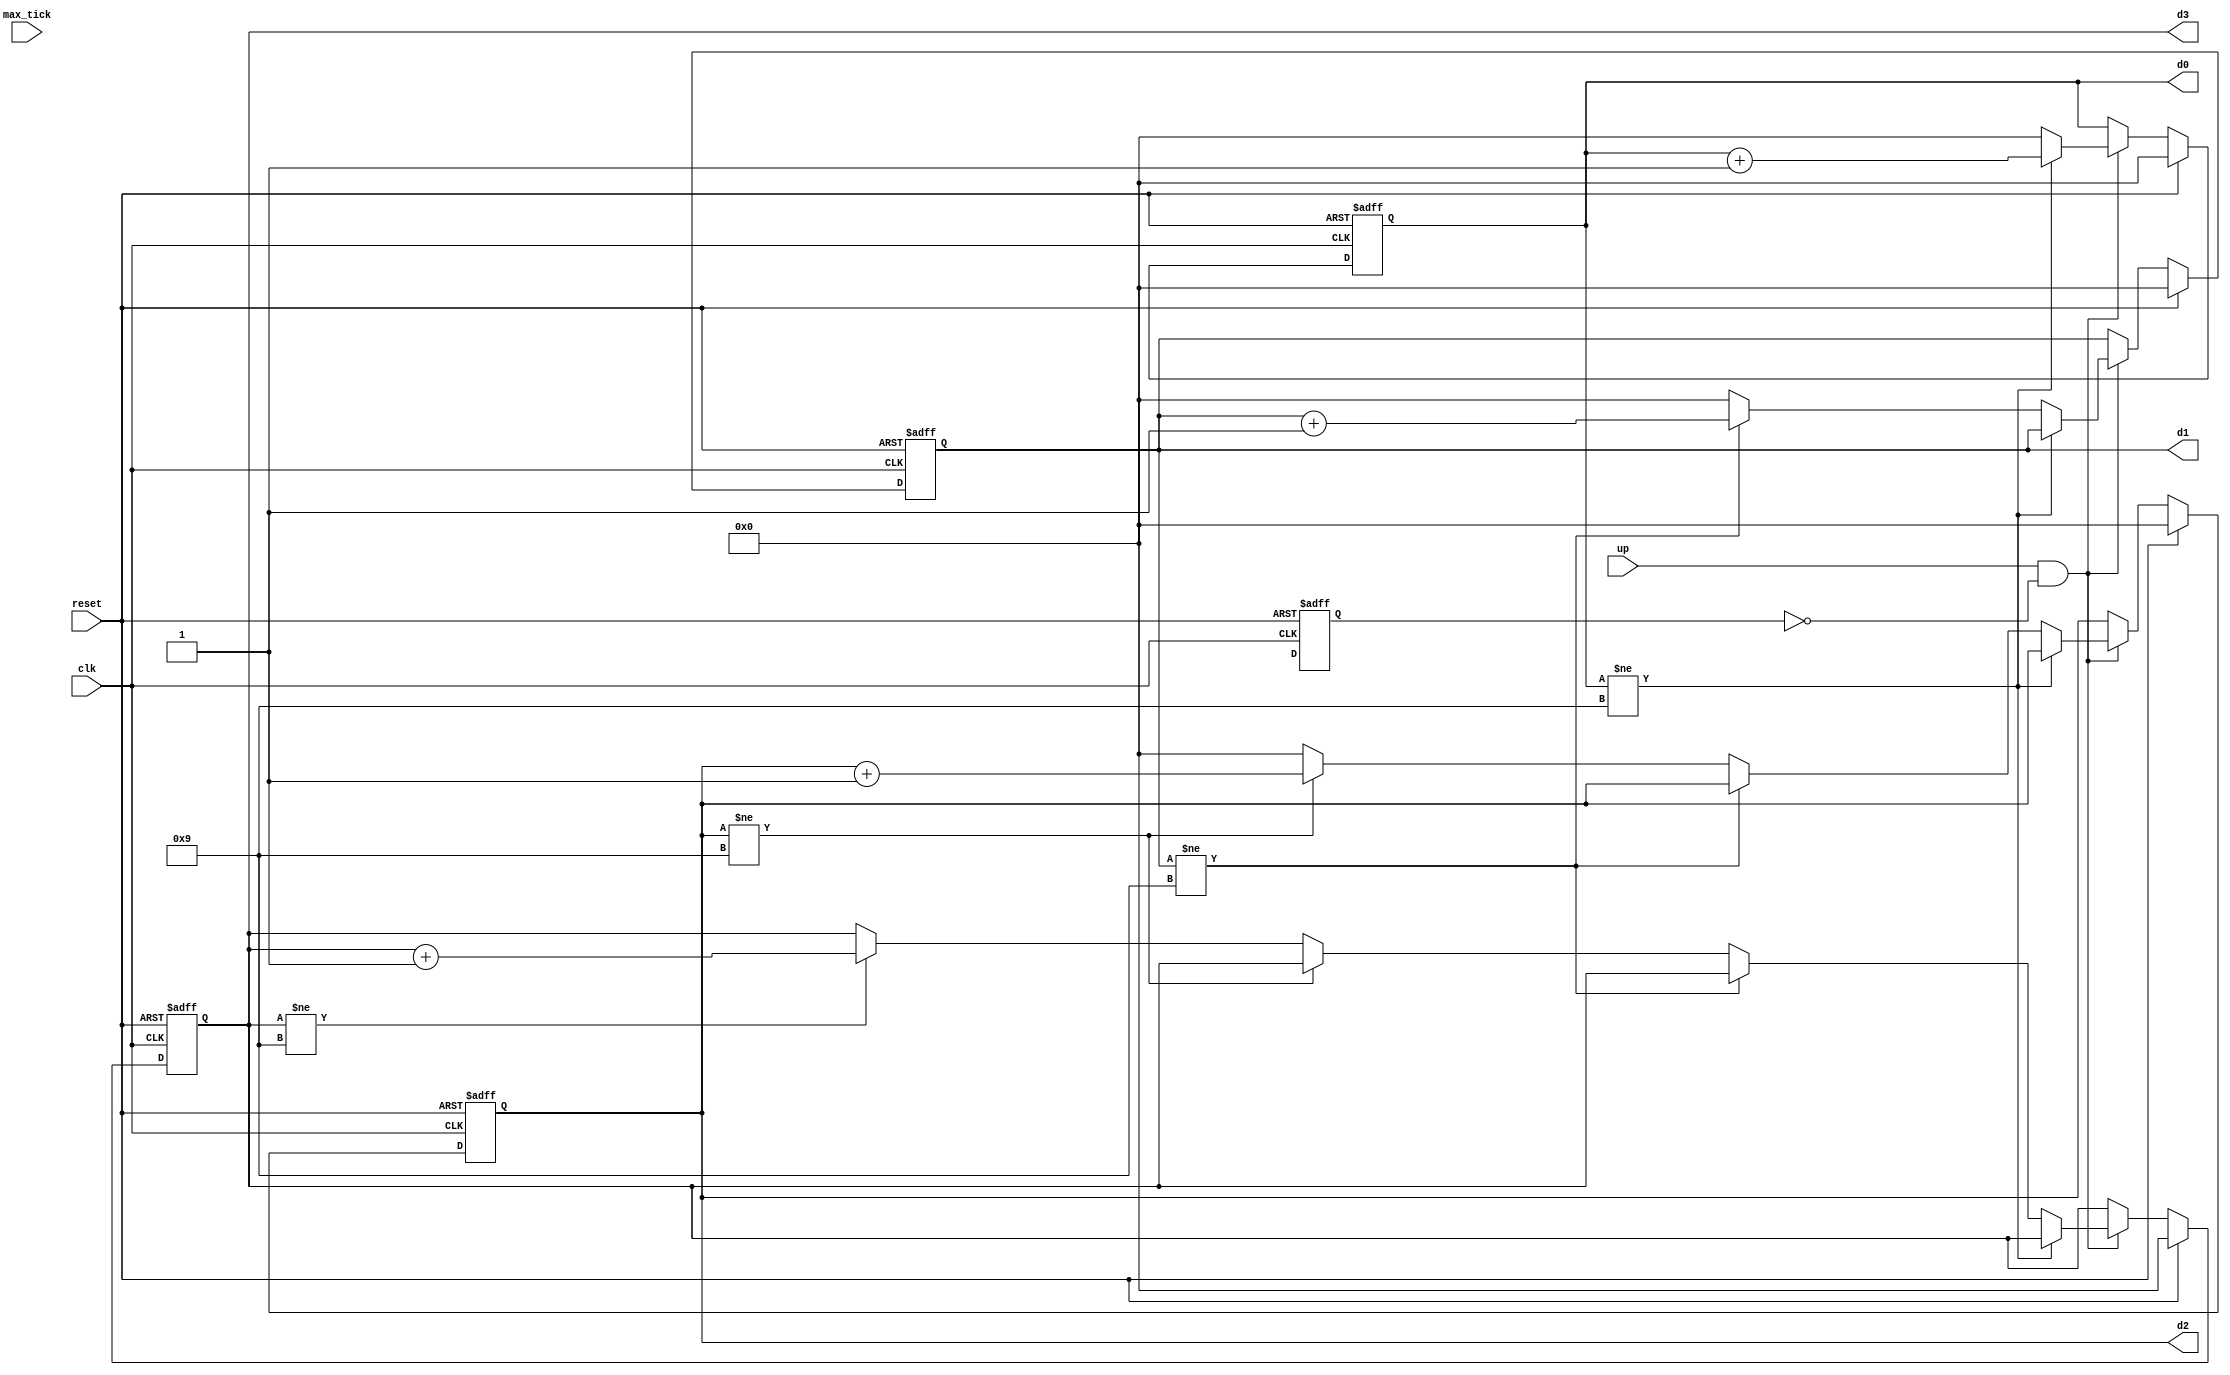
module count_7seg(
    input wire clk, up,
    input wire reset,
    input wire max_tick,
    output wire [3:0] d3, d2, d1, d0
    );

   reg [3:0] d3_reg, d2_reg, d1_reg, d0_reg;
   reg [3:0] d3_next, d2_next, d1_next, d0_next;
   reg stop_count, stop_count_next;

   // body
   // register
   always @(posedge clk, posedge reset)
   if (reset)
      begin
      d3_reg <= 4'b0;
      d2_reg <= 4'b0;
      d1_reg <= 4'b0;
      d0_reg <= 4'b0;
      stop_count <= 1'b0;
      end
   else     
       begin
          d3_reg <= d3_next;
          d2_reg <= d2_next;
          d1_reg <= d1_next;
          d0_reg <= d0_next;
          stop_count <= stop_count_next;
       end


   // 4-digit bcd counter
   always @*
   begin
      // default: keep the previous value
      d0_next = d0_reg;
      d1_next = d1_reg;
      d2_next = d2_reg;
      d3_next = d3_reg;
      
      if (reset)
         begin
            d0_next = 4'b0;
            d1_next = 4'b0;
            d2_next = 4'b0;
            d3_next = 4'b0;
         end
      else if (up && ~stop_count) // is a sequence has been detected and stop count is low
         if (d0_reg != 9)
            d0_next = d0_reg + 1;
         else              // reach XXX9
            begin
               d0_next = 4'b0;
               if (d1_reg != 9)
                  d1_next = d1_reg + 1;
               else       // reach XX99
                  begin
                     d1_next = 4'b0;
                     if (d2_reg != 9)     
                        d2_next = d2_reg + 1;
                     else // reach X999
                        begin
                            d2_next = 4'b0;
                            if (d3_reg != 9)
                                d3_next = d3_next + 1;
//                            else //  reach 9999reset back to 0
//                                begin
//                                    d3_next = 4'b0;
//                                end
                        end


                  end
            end
   end

   // output logic
   assign d0 = d0_reg;
   assign d1 = d1_reg;
   assign d2 = d2_reg;
   assign d3 = d3_reg;
   

endmodule